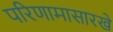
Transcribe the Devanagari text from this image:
परिणामासारखे